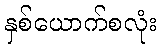
နှစ်ယောက်စလုံး